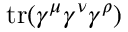
\operatorname { t r } ( \gamma ^ { \mu } \gamma ^ { \nu } \gamma ^ { \rho } )